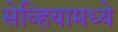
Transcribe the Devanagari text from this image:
सेव्हियामध्ये